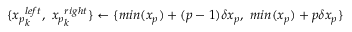
\{ { x _ { p } } _ { k } ^ { l e f t } , \ { x _ { p } } _ { k } ^ { r i g h t } \} \gets \{ m i n ( x _ { p } ) + ( p - 1 ) \delta x _ { p } , \ m i n ( x _ { p } ) + p \delta x _ { p } \}